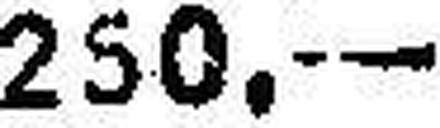
250.—